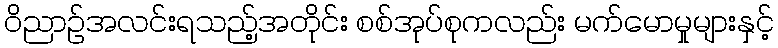
ဝိညာဉ်အလင်းရသည့်အတိုင်း စစ်အုပ်စုကလည်း မက်မောမှုများနှင့်